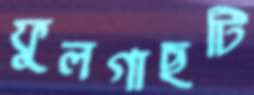
ফুলগাছটি